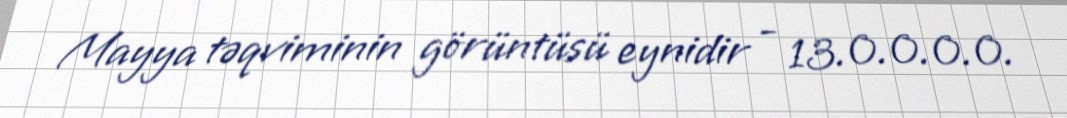
Mayya təqviminin görüntüsü eynidir - 13.0.0.0.0.